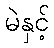
မဲနှင့်